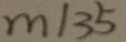
m \vert 3 5